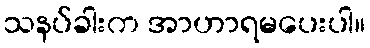
သနပ်ခါးက အာဟာရမပေးပါ။